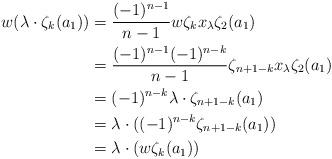
LaTeX: \begin{align*}w (\lambda\cdot \zeta_k(a_1)) & = \frac{(-1)^{n-1}}{n-1} w \zeta_k x_\lambda \zeta_2(a_1)\\& = \frac{(-1)^{n-1}(-1)^{n-k}}{n-1} \zeta_{n+1-k} x_\lambda \zeta_2(a_1)\\& = (-1)^{n-k} \lambda \cdot \zeta_{n+1-k}(a_1)\\& = \lambda \cdot ((-1)^{n-k} \zeta_{n+1-k}(a_1))\\& = \lambda \cdot (w \zeta_k(a_1))\end{align*}